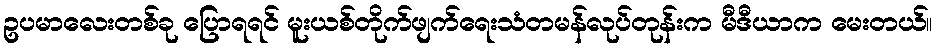
ဥပမာလေးတစ်ခု ပြောရရင် မူးယစ်တိုက်ဖျက်ရေးသံတမန်လုပ်တုန်းက မီဒီယာက မေးတယ်။